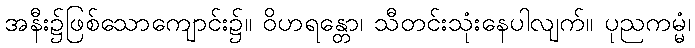
အနီး၌ဖြစ်သောကျောင်း၌။ ဝိဟရန္တော၊ သီတင်းသုံးနေပါလျက်။ ပုညကမ္မံ၊